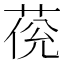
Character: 𦲮